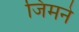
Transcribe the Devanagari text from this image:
जिमने